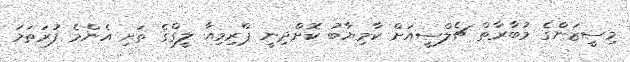
މިސީޒަންގެ މުބާރާތް ޗެލްސީއަށް ކާމިޔާބު ކޮށްދިނީ ޕްރިމިއާ ލީގްގެ ތަށި އެންމެ ފުރަތަމަ